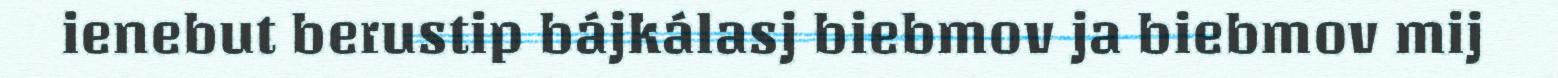
ienebut berustip bájkálasj biebmov ja biebmov mij